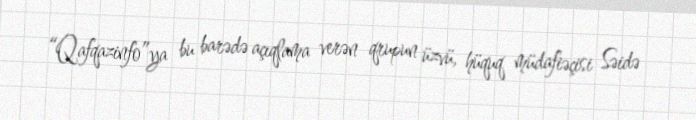
“Qafqazinfo”ya bu barədə açıqlama verən qrupun üzvü, hüquq müdafiəçisi Səidə